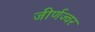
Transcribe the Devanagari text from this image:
जीर्णज्वर